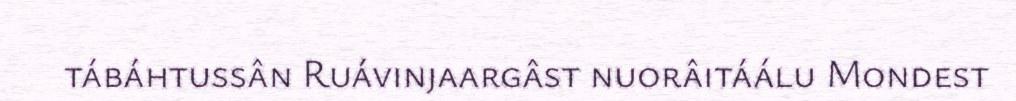
tábáhtussân Ruávinjaargâst nuorâitáálu Mondest